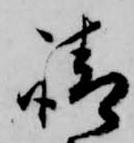
請